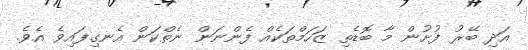
އަދި ބޭރު ފުށުން މާ ބޮޑެތި ޒަހަމްތަކެއް ފެންނަން ނެތްކަން އެނގިފައިވެ އެވެ.